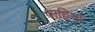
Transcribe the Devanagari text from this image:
वाहिया